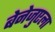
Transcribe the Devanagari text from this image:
बेनेजुएला